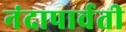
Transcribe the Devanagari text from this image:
नंदापार्वती